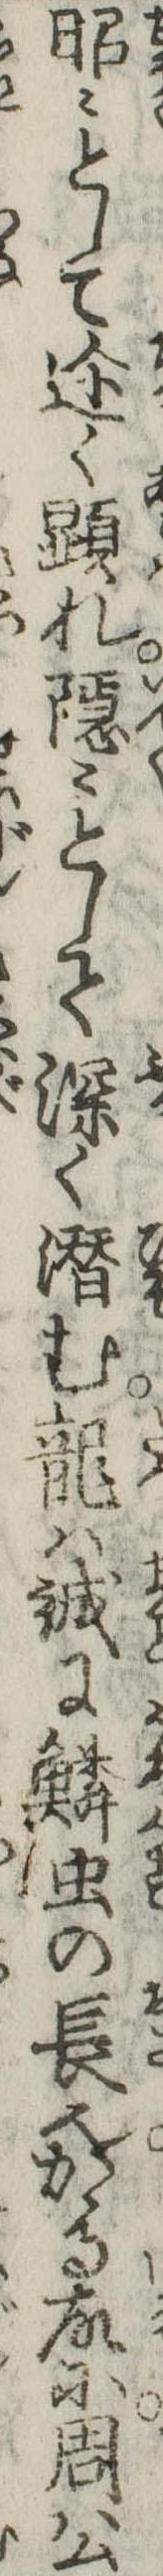
昭々としてく顕れ隠々として深く潜む竜は誠に鱗虫の長也かゝる故に周公